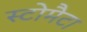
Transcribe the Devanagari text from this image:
स्टोमैटा